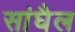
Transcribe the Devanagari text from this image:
सांघैल